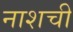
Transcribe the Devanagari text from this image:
नाशची